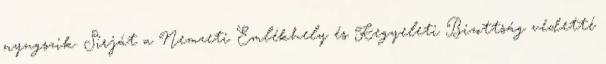
nyugszik. Sírját a Nemzeti Emlékhely és Kegyeleti Bizottság védetté